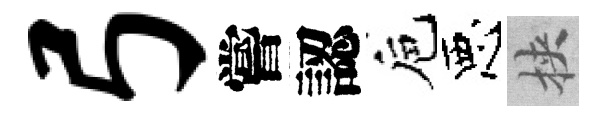
弓嘗認巵惡挾